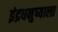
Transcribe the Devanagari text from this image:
इंद्रधनुष्याला